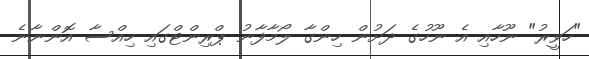
"ހަވީރު" ނޫހާއި އެ ނޫހުގެ ދަށުން ހިންގާ ލޯމާފާނު ޕްރިންޓްގައި ހިއްސާ އޮންނާނެ